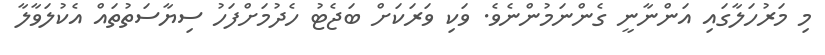
މި މަރުހަލާގައި އަންނާނީ ގެންނަމުންނެވެ. ވަކި ވަރަކަށް ބަޖެޓު ހެދުމަށްފަހު ސިޔާސަތުތައް އެކުލަވާލާ